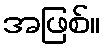
အဖြစ်။